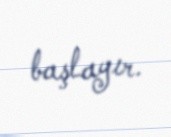
başlayır.